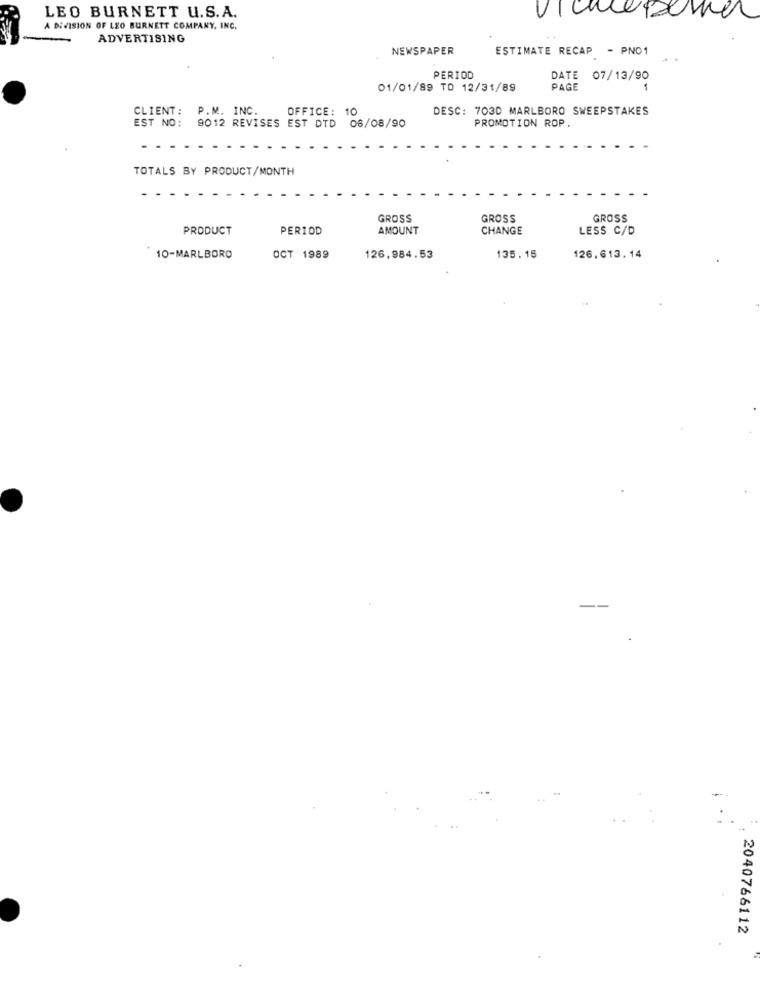
LEO BURNETT U.S.A.
A DIVISION OF LEO BURNETT COMPANY, INC.
ADVERTISING
NEWSPAPER
ESTIMATE RECAP - PNO1
PERIOD
DATE 07/13/90
01/01/89 TO 12/31/89
PAGE
CLIENT: P.M. INC.
DESC: 703D MARLBORO SWEEPSTAKES
OFFICE: 10
PROMOTION ROP.
EST NO: 9012 REVISES EST DTD 06/08/90
TOTALS BY PRODUCT/MONTH
GROSS
GROSS
GROSS
PRODUCT
PERIOD
AMOUNT
CHANGE
LESS C/D
10-MARLBORO
OCT 1989
126,984.53
135.15
126.613.14
2040766112